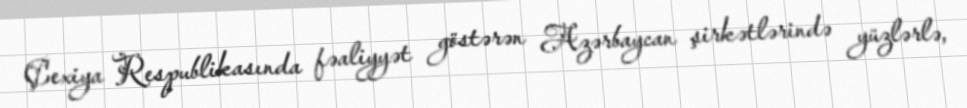
Çexiya Respublikasında fəaliyyət göstərən Azərbaycan şirkətlərində yüzlərlə,